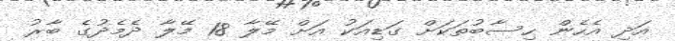
އަދި އެހެން ހިސާބުތަކަށް ގަޑިއަކު އަށް މޭލާ 18 މޭލާ ދެމެދުގެ ބާރު